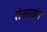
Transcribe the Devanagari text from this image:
संसारांत